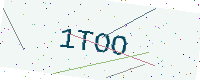
Text: 1TOO